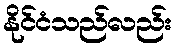
နိုင်ငံသည်လည်း